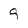
Character: 9